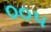
૦૦૫